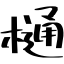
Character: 樋